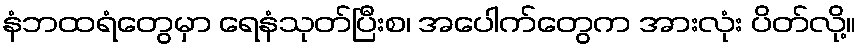
နံဘထရံတွေမှာ ရေနံသုတ်ပြီးစ၊ အပေါက်တွေက အားလုံး ပိတ်လို့။